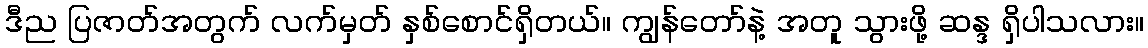
ဒီည ပြဇာတ်အတွက် လက်မှတ် နှစ်စောင်ရှိတယ်။ ကျွန်တော်နဲ့ အတူ သွားဖို့ ဆန္ဒ ရှိပါသလား။